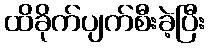
ထိခိုက်ပျက်စီးခဲ့ပြီး